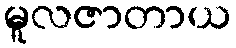
မူလဇာတာယ